system: You are a helpful assistant.
user:
Analyze the provided spectrum to determine if it is a **M-type Giant (gM)**.

A M-type Giant spectrum is defined by its **strong molecular absorption** features, particularly from **Titanium Oxide (TiO)**. You must check for one of the following mutually exclusive signatures:

- **Key Visual Indicators (Absorption-Dominated Spectrum):**

    - **(Primary):** The spectrum is dominated by strong molecular absorption from **Titanium Oxide (TiO)**. This is the **defining feature** of its M-type temperature class.
        - **(Key Bandheads):** Look for sharp, "saw-tooth" absorption valleys. The strongest are located near **~7050 Å**, **~6160 Å**, and **~5170 Å**.
        - **(Line Profile):** The "saw-tooth" morphology is critical: a **sharp, steep drop on the BLUE (short-wavelength) side** of the bandhead, followed by a gradual recovery (rising flux) towards the RED (long-wavelength) side.

    - **(Key Confirmation - Giant vs. Dwarf):** **ABSENCE** of strong **Calcium Hydride (CaH)** molecular bands. This is the primary diagnostic for *excluding* M-dwarfs.
        - **(Key Region):** The spectrum should lack the strong, broad absorption band seen in dwarfs between **~6800 Å and ~7000 Å**.

    - **(Secondary Confirmation - Giant):** A very strong and broad **Neutral Calcium (Ca I)** atomic absorption line.
        - **(Key Line):** Located at **~4226 Å**. In a giant (gM), this line is significantly deeper and broader than the same line in an M-dwarf (dM) due to low surface gravity.

    - **(Overall Spectrum):**
        - The continuum is **extremely red-sloping** (i.e., flux is very low in the blue and rises dramatically towards the red).
        - The entire spectrum appears "chopped up" by the deep TiO bands.

Think first, call **spectral_visualization_tool** if needed to examine features in detail, then provide your final answer. Your response must adhere to the following strict rules:
1.  **Overall Structure:** Your response must follow the format `<think>...</think> <tool_call>...</tool_call> (if a tool is used) <answer>...</answer>`.
2.  **Tool Usage Constraint:** You may only make **one** tool call per turn.
3.  **Final Answer Format:** In the `<answer>` tag, your conclusion must be inside a `\boxed{}` command (e.g., `\boxed{YES}` or `\boxed{NO}`), followed by your justification.

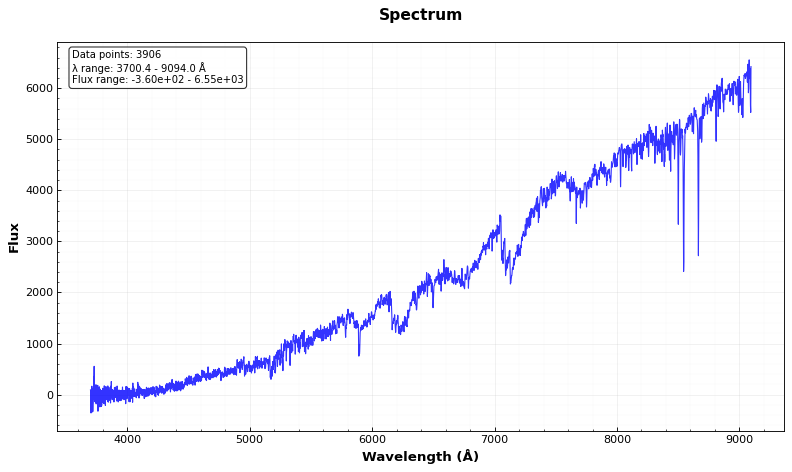
Answer: YES